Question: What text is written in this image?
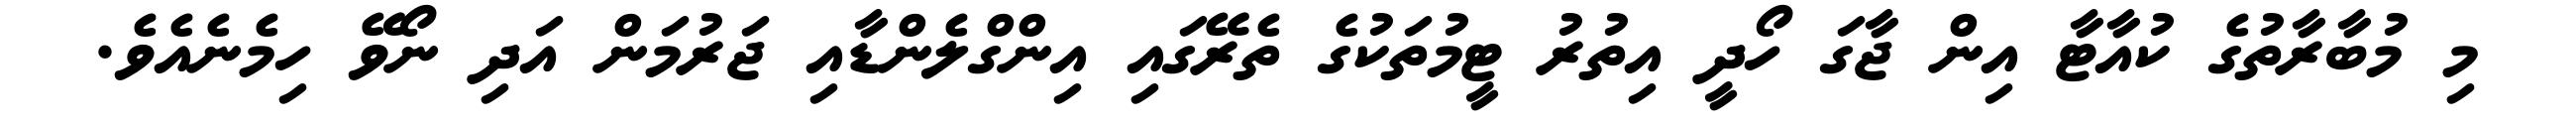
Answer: މި މުބާރާތުގެ ކުއާޓާ އިން ޖާގަ ހޯދީ އިތުރު ޓީމުތަކުގެ ތެރޭގައި އިންގްލެންޑާއި ޖަރުމަން އަދި ނޯވޭ ހިމެނެއެވެ.